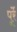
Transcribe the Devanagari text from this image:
पूर्रे